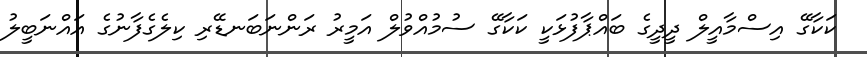
ކަކާގޭ އިސްމާއީލް ދީދީގެ ބައްޕާފުޅަކީ ކަކާގޭ ސުމުއްވުލް އަމީރު ރަންނަބަނޑޭރި ކިލެގެފާނުގެ އައްނަބީލު